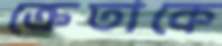
ক্রেতাকে